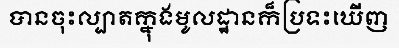
បានចុះល្បាតក្នុងមូលដ្ឋានក៏ប្រទះឃើញ